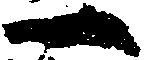
一